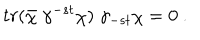
LaTeX: t r ( \bar { \chi } \; \gamma ^ { - s t } \chi ) \; \gamma _ { - s t } \chi = 0 \ .